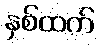
နှစ်ထက်